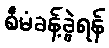
စီမံခန့်ခွဲရန်